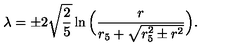
\lambda = \pm 2 \sqrt { \frac { 2 } { 5 } } \ln \Big ( \frac { r } { r _ { 5 } + \sqrt { r _ { 5 } ^ { 2 } \pm r ^ { 2 } } } \Big ) .